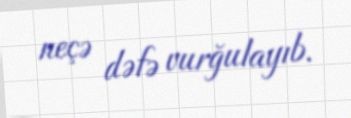
neçə dəfə vurğulayıb.